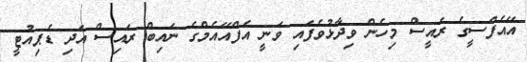
އޭއެފްސީގެ ރައީސް މިހެން ވިދާޅުވެފައި ވަނީ އެފްއޭއެމްގެ ނައިބް ރައިސް އަދި ޑެޕިއުޓީ